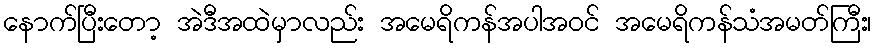
နောက်ပြီးတော့ အဲဒီအထဲမှာလည်း အမေရိကန်အပါအဝင် အမေရိကန်သံအမတ်ကြီး၊